Tartu_linnavalitsus, lk 108
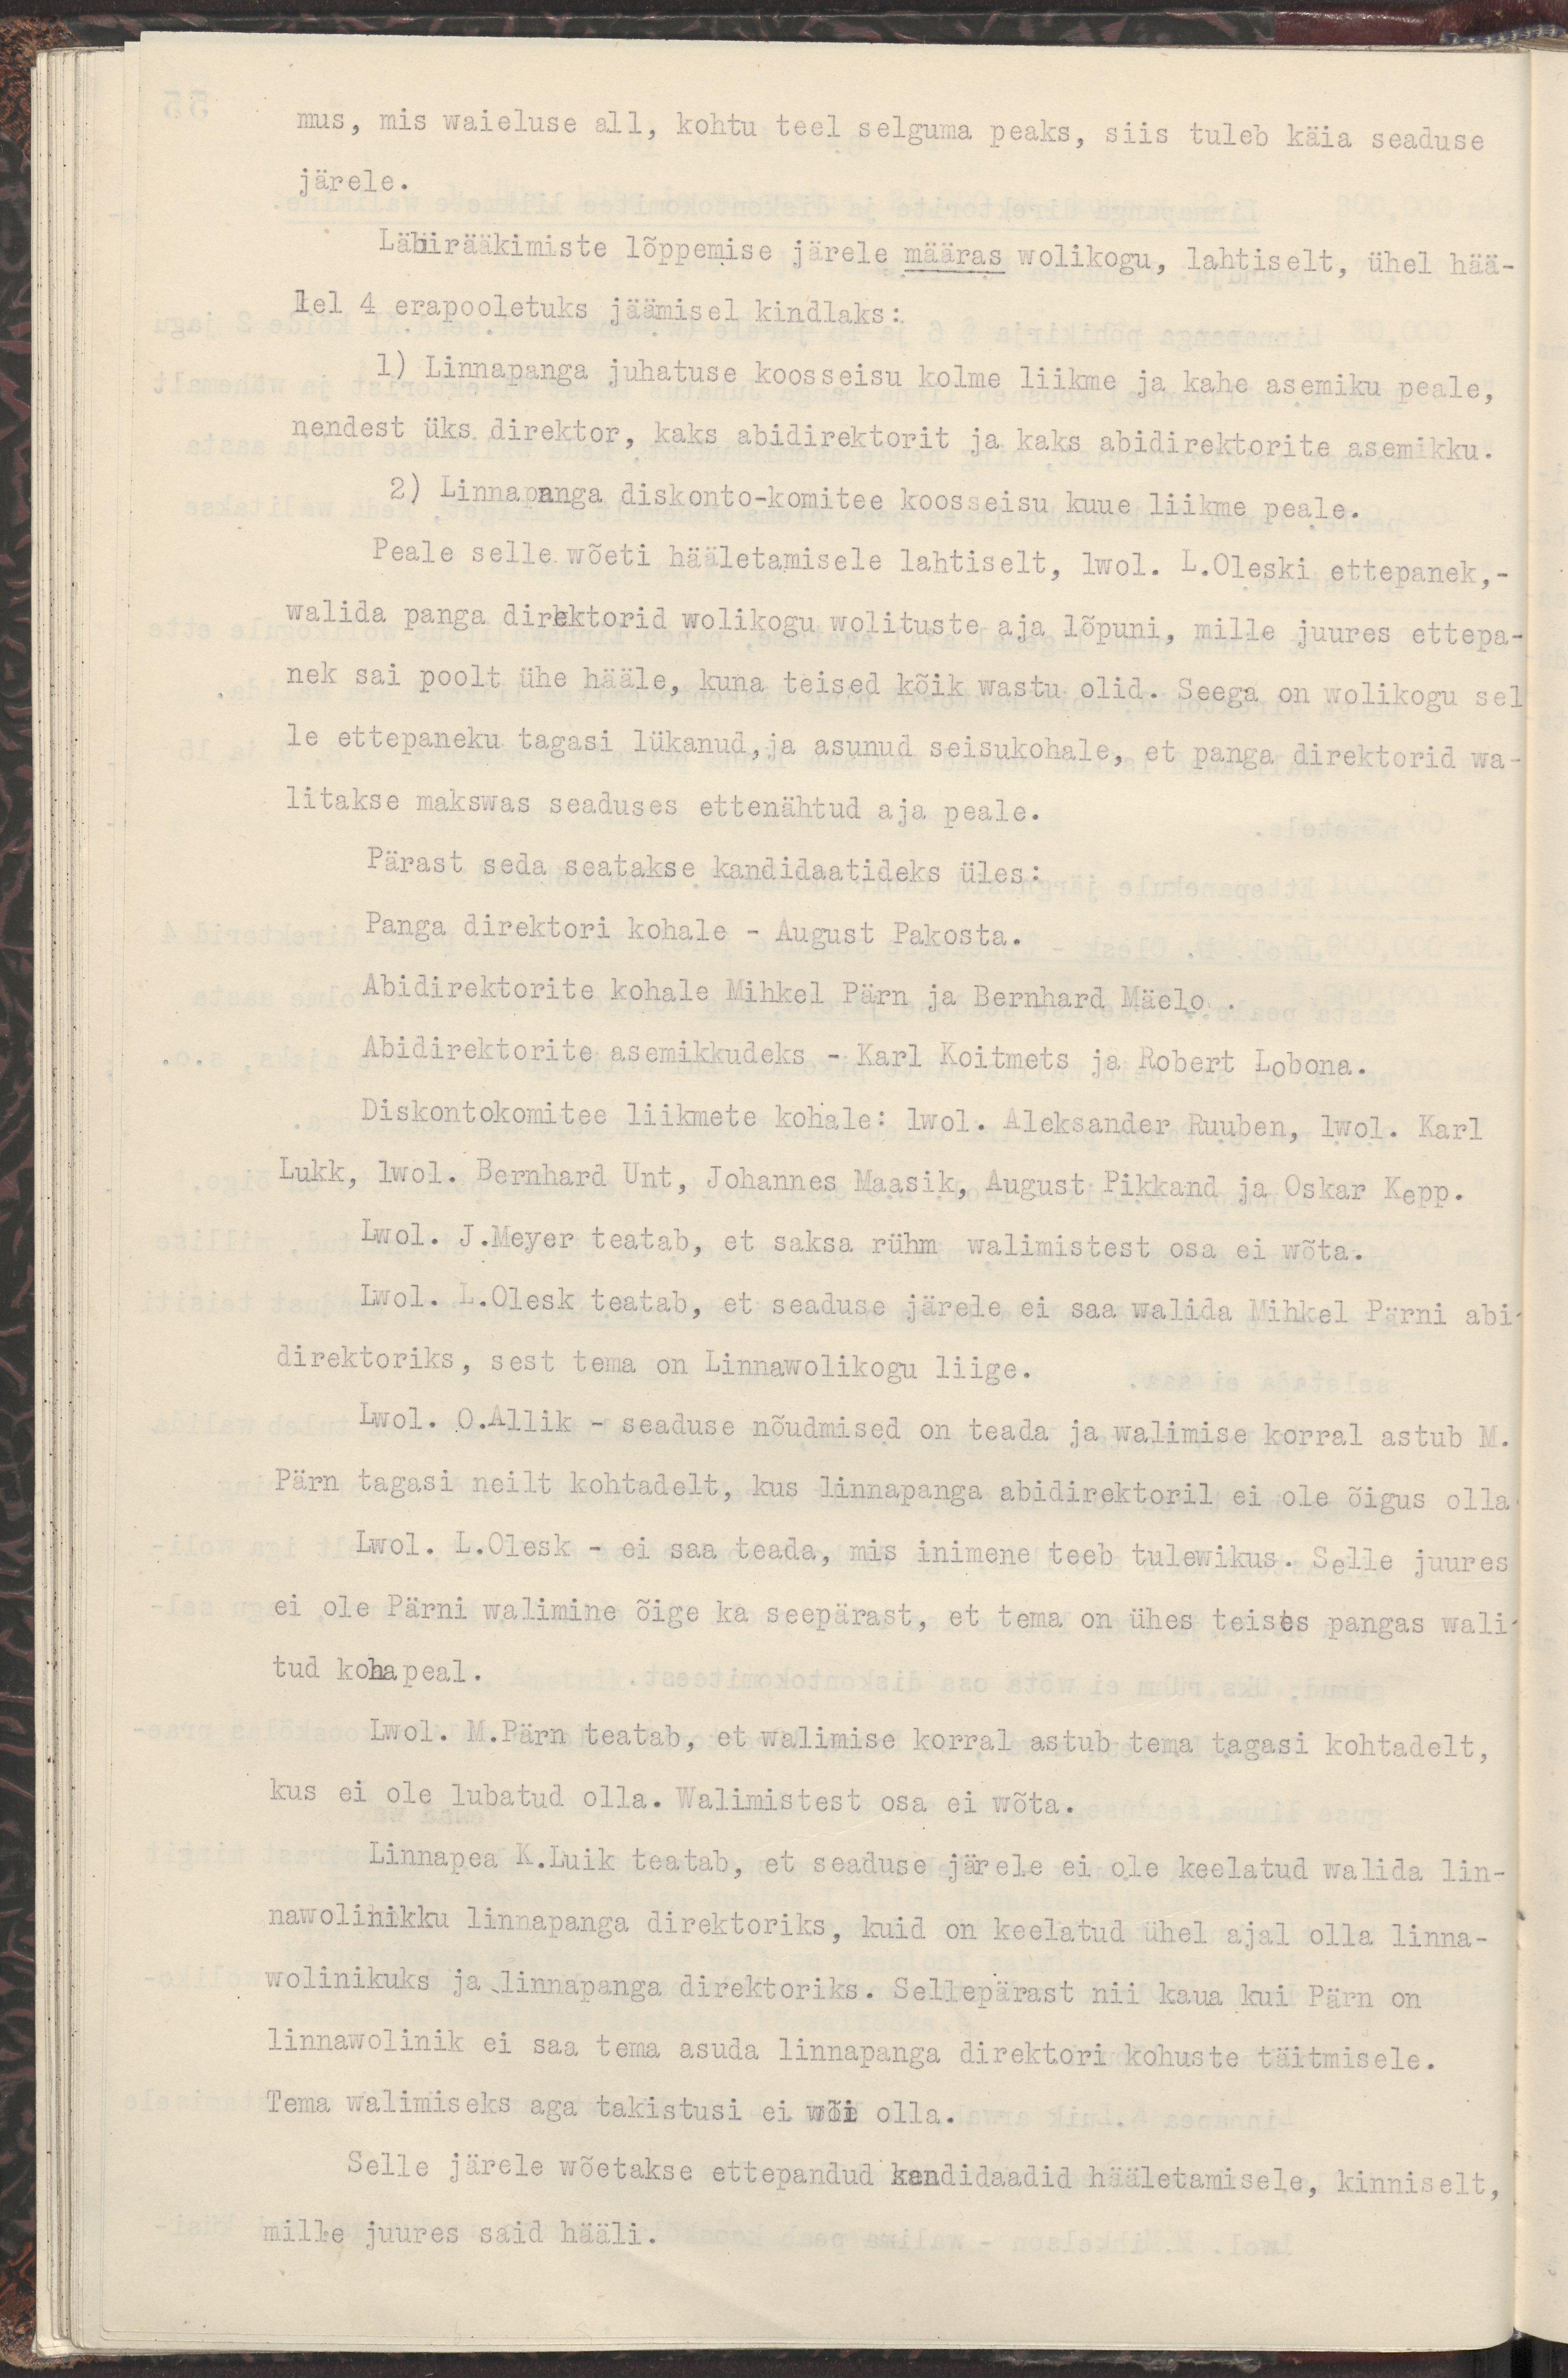
mus, mis waieluse all, kohtu teel selguma peaks, siis tuleb käia seaduse
järele.
Läbirääkimiste lõppemise järele määras wolikogu, lahtiselt, ühel hää-
lel 4 erapooletuks jäämisel kindlaks:
1) Linnapanga juhatuse koosseisu kolme liikme ja kahe asemiku peale,
nendest üks direktor, kaks abidirektorit ja kaks abidirektorite asemikku.
2) Linnapanga diskonto-komitee koosseisu kuue liikme peale.
Peale selle wõeti hääletamisele lhtiselt, lwol. L.Oleski ettepanek.-
walida panga direktorid wolikogu wolituste aja lõpuni, mille juures ettepa-
nek sai poolt ühe hääle, kuna teised kõik wastu olid. Seega on wolikogu sel
le ettepaneku tagasi lükanud,ja asunud seisukohale, et panga direktorid wa-
litakse makswas seaduses ettenähtud aja peale.
Pärast seda seatakse kandidaatideks üles:
Panga direktori kohale - August Pakosta.
Abidirektorite kohale Mihkel Pärn ja Bernhard Mäelo.
Abidirektorite asemikkudeks - Karl Koitmets ja Robert Lobona.
Diskontokomitee liikmete kohale: lwol. Aleksander Ruuben, lwol. Karl
Lukk,  lwol. Bernhard Unt, Johannes Maasik, August Pikkand ja Oskar Kepp.
Lwol. J. Meyer teatab, et saksa rühm walimistest osa ei wõta.
Lwol. L. Olesk teatab, et seaduse järele ei saa walida Mihkel Pärni abi
direktoriks, sest tema on Linnawolikogu liige.
Lwol. O. Allik - seaduse nõudmised on teada ja walimise korral astub M.
Pärn tagasi neilt kohtadelt, kus linnapanga abidirektoril ei ole õigus olla
Lwol. L. Olesk - ei saa teada, mis inimene teeb tulewikus. Selle juures
ei ole Pärni walimine õige ka seepärast, et tema ühes teises pangas wali-
tud koha peal.
Lwol. M.Pärn teatab, et walimise korral astub tema tagasi kohtadelt,
kus ei ole lubatud olla. Walimistest osa ei wõta.
Linnapea K.Luik teatab, et seaduse järele ei ole keelatud walida lin-
nawolinikku linnapanga direktoriks, kuid on keelatud ühel ajal olla linna-
wolinikuks ja linnapanga direktoriks. Sellepärast nii kaua kui Pärn on
linnawolinik ei saa tema asuda linnapanga direktori kohuste täitmisele.
Tema walimiseks aga takistusi ei wõi olla.
Selle järele wõetakse ettepandud kandidaadid hääletamisele, kinniselt,
mille juures said hääli.